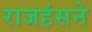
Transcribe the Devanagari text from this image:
राजहंसने